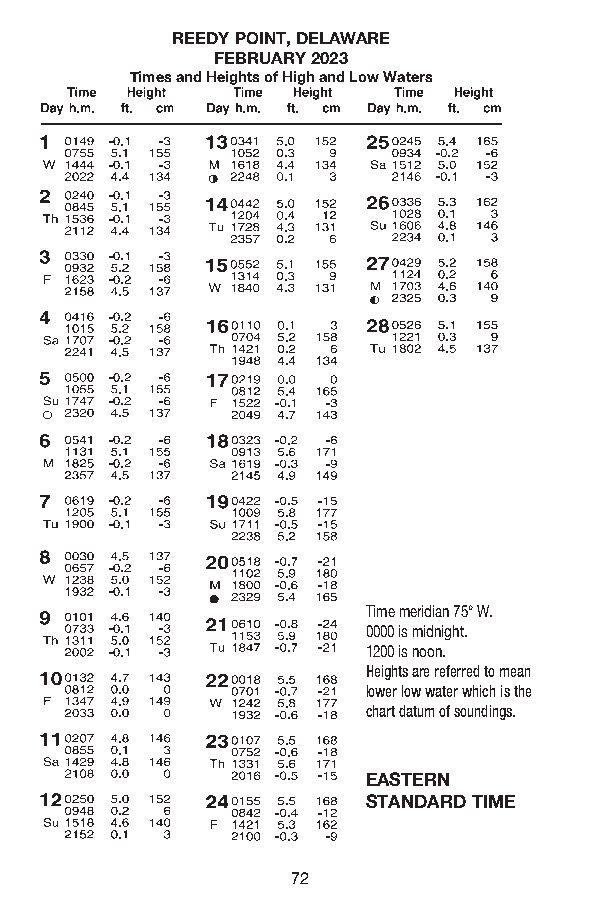
REEDY POINT, DELAWARE
 FEBRUARY 2023
 Times and Heights of High and Low Waters
 Time meridian 75° W.
 0000 is midnight.
 1200 is noon.
 Heights are referred to mean
 lower low water which is the
 chart datum of soundings.
 EASTERN
 STANDARD TIME
 72